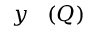
\boldsymbol { y } ^ { \mathrm { ~ \, ~ } } ( Q )